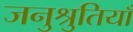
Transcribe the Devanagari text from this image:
जनुश्रुतियाँ